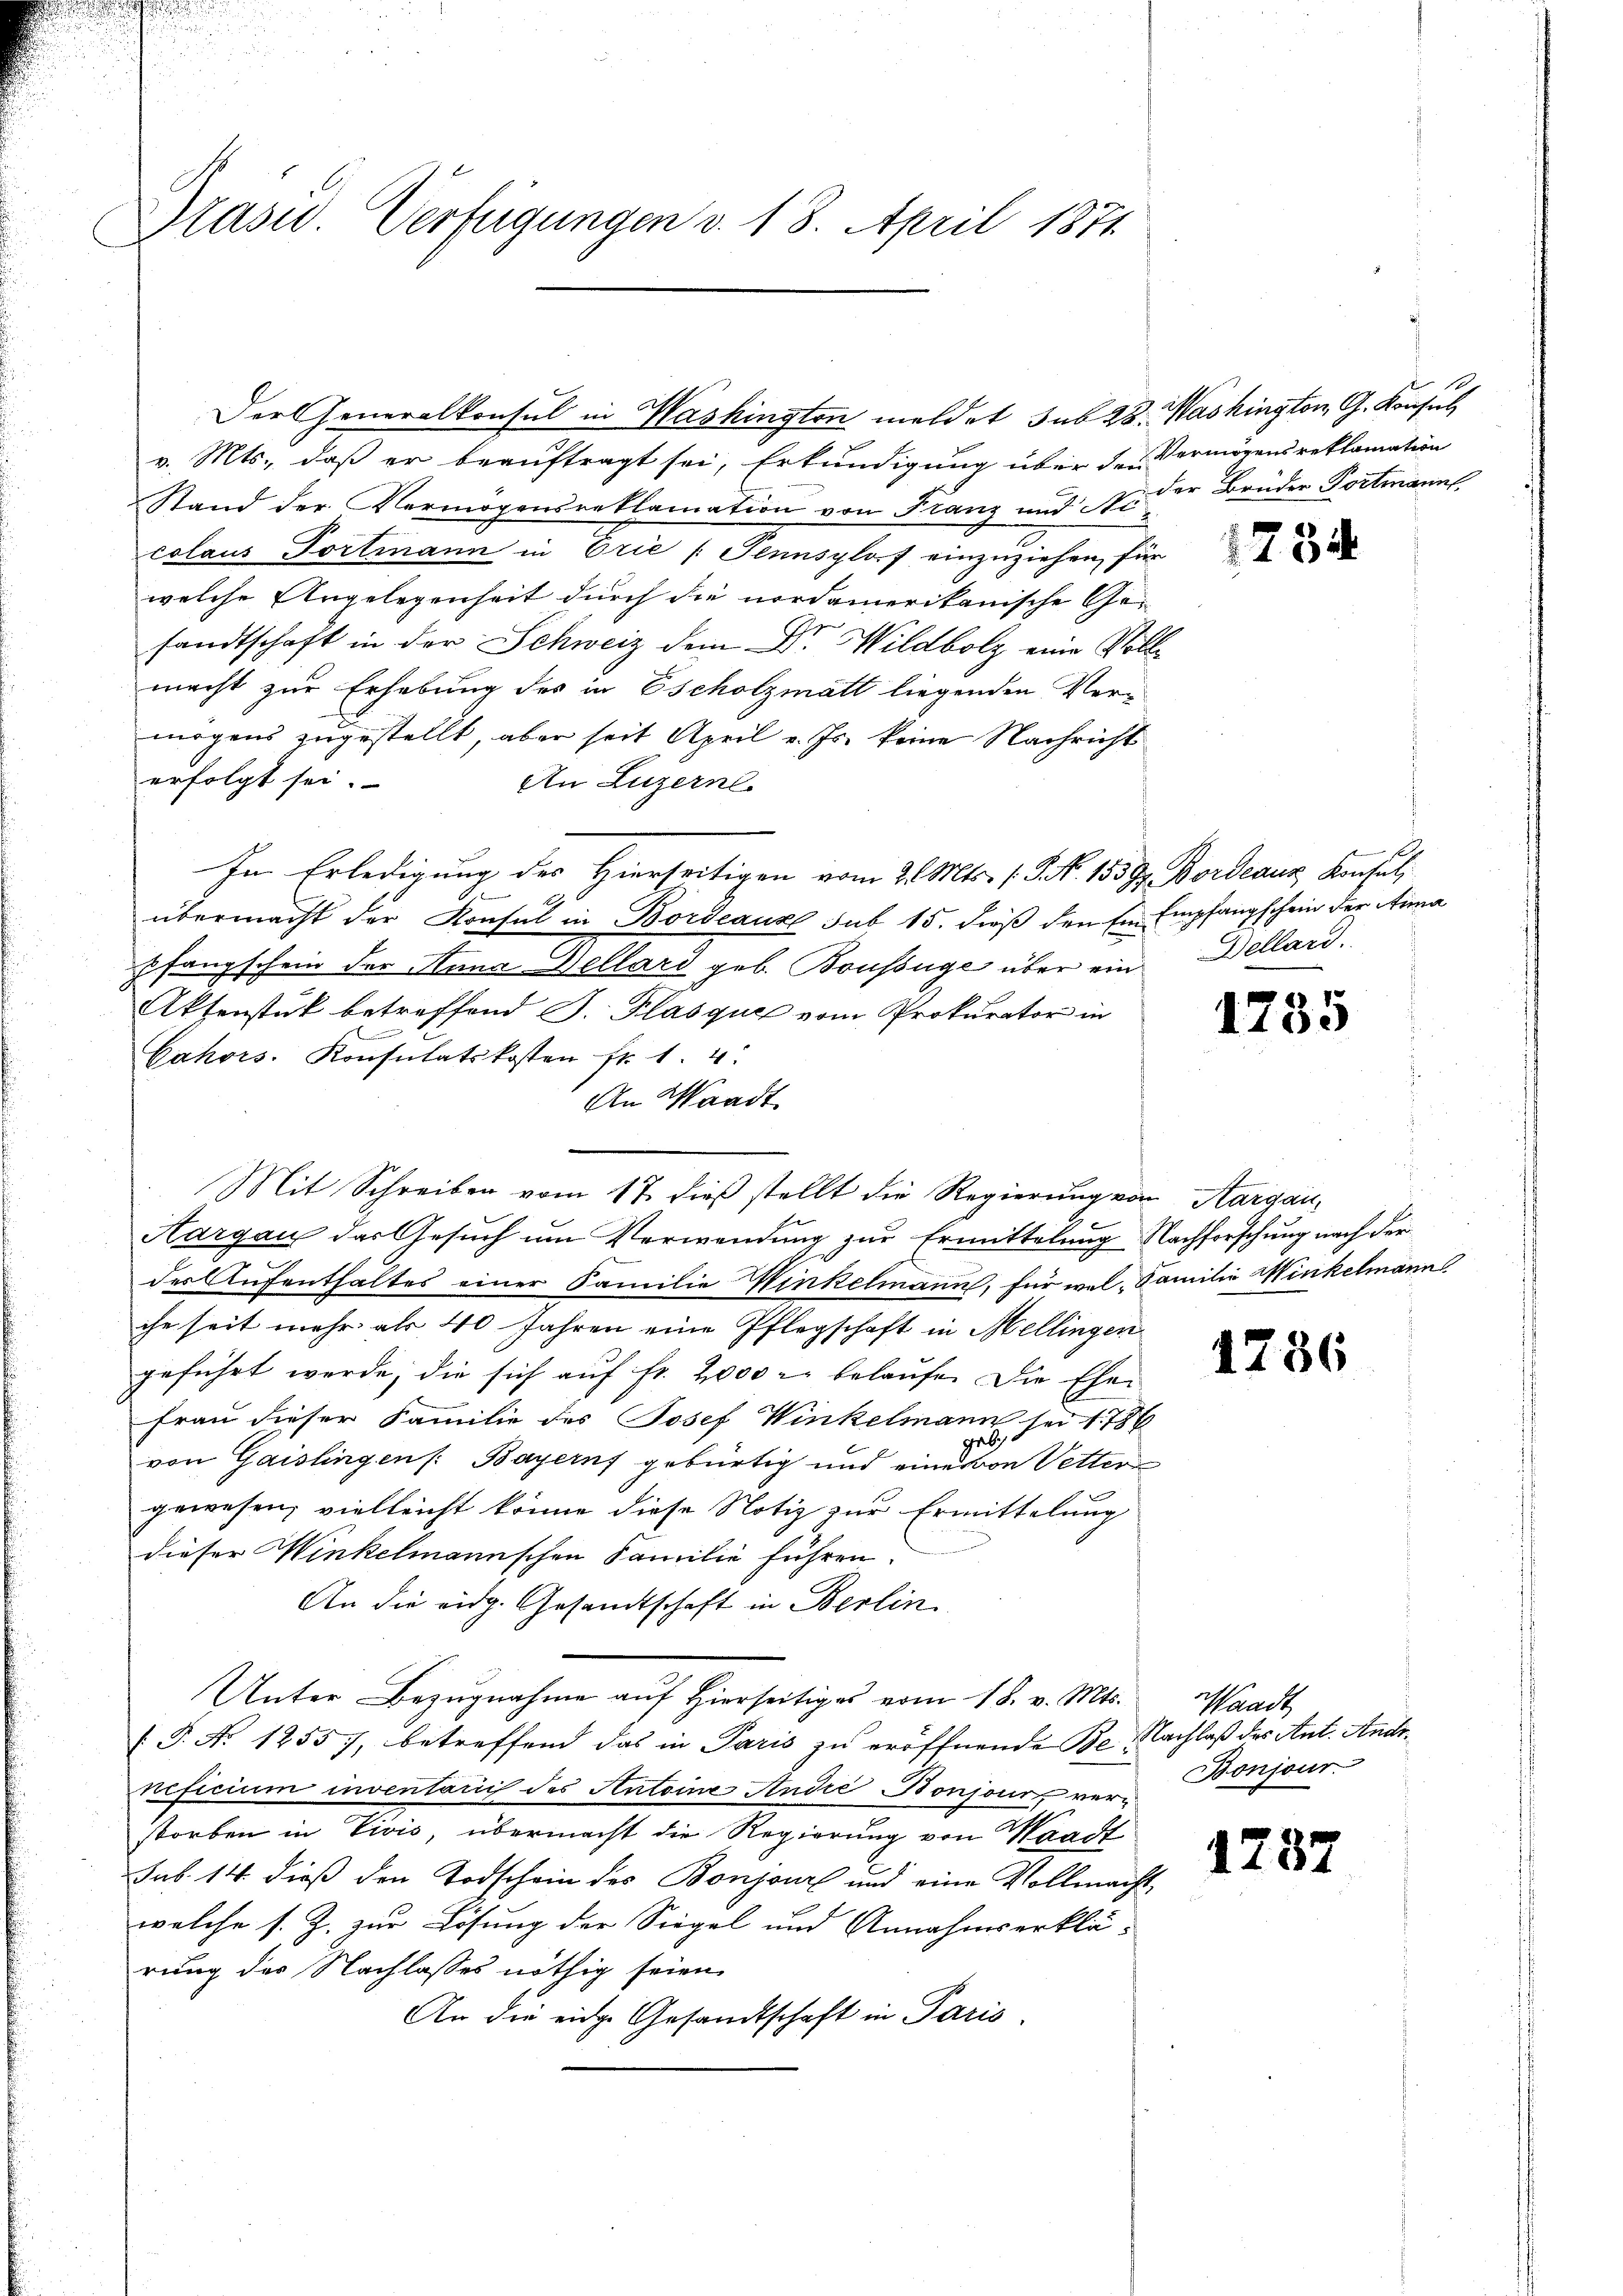
Präsid. Verfügungen v. 18. April 1871

v. Mts., daß er beauftragt sei, Erkundigung über der Vermögens reklamation
Stand der Vermögensreklamation von Franz und Nicolaus Portmann in Erie (Tennsylof einzuziehen, für
welche Angelegenheit durch die nordamerikanische Ge-
sandtschaft in der Schweiz dem Dr. Wildbolz eine Vollmacht zur Erhebung des in Escholzmatt liegenden Vermögens zugestellt, aber seit April v. Js. keine Nachricht
erfolgt sei.
An Luzerne.
In Erledigung des Hierseitigen vom 21. Mts. (T. N. 153 Gr. Bordeaus Konsul,
übermacht der Konsul in Bordeaux sub 15. dieß den Ein Empfangschein der Anna
pfangschein der Anna Dellard geb. Boussage über ein Dellard.
Aktenstük betreffend J. Plasque vom Prokurator in
n
Cahors. Konsulatskosten fr. 1. 4:
An Waadt.
Mit Schreiben vom 17. dieß stellt die Regierung von Aargau¬
Aargau das Gesuch um Verwendung zur Ermittelung Nachforschung nach der
der Aufenthaltes einer Familie Hinkelmann, für wel Familie Winkelmann
che seit mehr als 40 Jahren eine Pflegschaft in Mellingen
geführt werde, die sich auf fr. 2000 r. belaufen die Ehe-
Frau dieser Familie des Josef Winkelmann sei 1786
von Gaislingen /: Bayernf gebürtig und eines von Vetter
gewesen, vielleicht könne diese Notiz zur Ermittelung
dieser Winkelmannschen Familie führen.
An die eidg. Gesandtschaft in Berlin
Unter Bezugnahme auf hierseitiges vom 18. v. Mts.
 P. No 1255), betreffend das in Paris zu eröffnende Be. Nachlaß des Ant. Andrnificium inventarii des Antoines Andre Bonjour, verstorben in Vivis, übermacht die Regierung von Waadt
sub. 14. dieß den Todschein des Bonjour und eine Vollmachtwelche s. Z. zur Lösung der Siegel und Annahmserklärung des Nachlasses nöthig seien.
An die eine Gesandtschaft in Paris.

Der Generalkonsul in Washington meldet sub 28. Washington G. Konsul

der Brüder Portmann,

1734

s

1735

15

36

Waadt
Bonjour.

1287